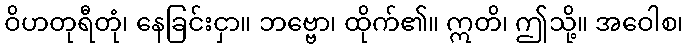
ဝိဟတုရီတုံ၊ နေခြင်းငှာ။ ဘဗ္ဗော၊ ထိုက်၏။ ဣတိ၊ ဤသို့။ အဝေါစ၊